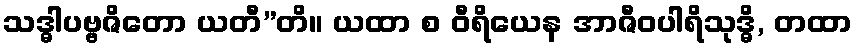
သဒ္ဓါပဗ္ဗဇိတော ယတီ”တိ။ ယထာ စ ဝီရိယေန အာဇီဝပါရိသုဒ္ဓိ, တထာ